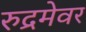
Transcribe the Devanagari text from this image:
रुद्रमेवर